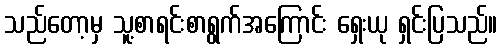
သည်တော့မှ သူ့စာရင်းစာရွက်အကြောင်း ရှေးယု ရှင်းပြသည်။